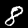
Label: 8